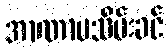
အာဏာမသိမ်းခင်